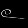
Digit: ၉